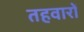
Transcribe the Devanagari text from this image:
तहवारों